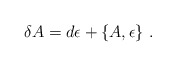
\begin{align*}\delta {A}=d{\epsilon} + \{ {A}, {\epsilon} \}~.\end{align*}